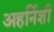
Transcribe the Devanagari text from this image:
अहर्निशी